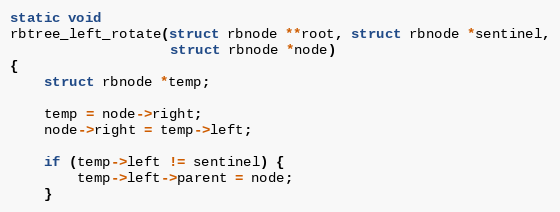
Language: C
static void
rbtree_left_rotate(struct rbnode **root, struct rbnode *sentinel,
                   struct rbnode *node)
{
    struct rbnode *temp;

    temp = node->right;
    node->right = temp->left;

    if (temp->left != sentinel) {
        temp->left->parent = node;
    }